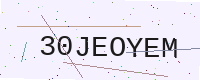
Text: 30JEOYEM